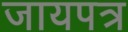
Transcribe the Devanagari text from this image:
जायपत्र